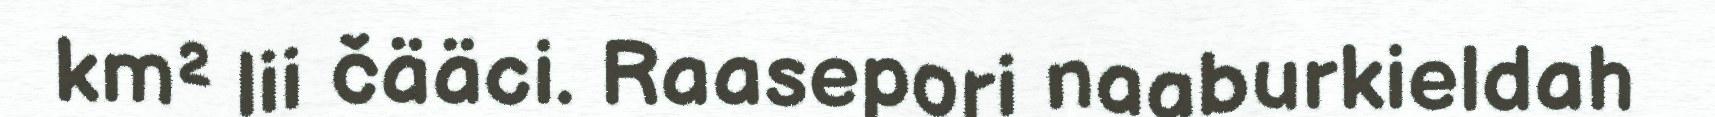
km² lii čääci. Raasepori naaburkieldah